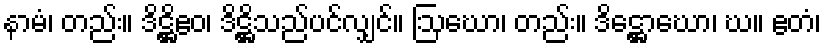
နာမံ၊ တည်း။ ဒိဋ္ဌိဧဝ၊ ဒိဋ္ဌိသည်ပင်လျှင်။ ဩဃော၊ တည်း။ ဒိဋ္ဌောဃော၊ ဃ။ ဧတံ၊